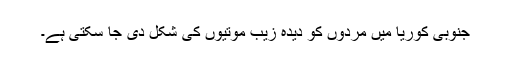
جنوبی کوریا میں مردوں کو دیدہ زیب موتیوں کی شکل دی جا سکتی ہے۔